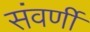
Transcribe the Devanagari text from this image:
संवर्णी